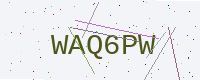
Text: WAQ6PW